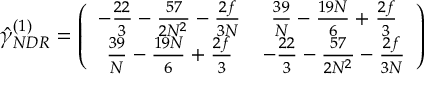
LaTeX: \hat { \gamma } _ { N D R } ^ { ( 1 ) } = \left( \begin{array} { c c } { { - \frac { 2 2 } { 3 } - \frac { 5 7 } { 2 N ^ { 2 } } - \frac { 2 f } { 3 N } } } & { { \frac { 3 9 } { N } - \frac { 1 9 N } { 6 } + \frac { 2 f } { 3 } } } \\ { { \frac { 3 9 } { N } - \frac { 1 9 N } { 6 } + \frac { 2 f } { 3 } } } & { { - \frac { 2 2 } { 3 } - \frac { 5 7 } { 2 N ^ { 2 } } - \frac { 2 f } { 3 N } } } \end{array} \right)